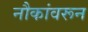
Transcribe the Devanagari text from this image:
नौकांवरून